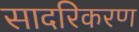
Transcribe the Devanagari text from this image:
सादरिकरण